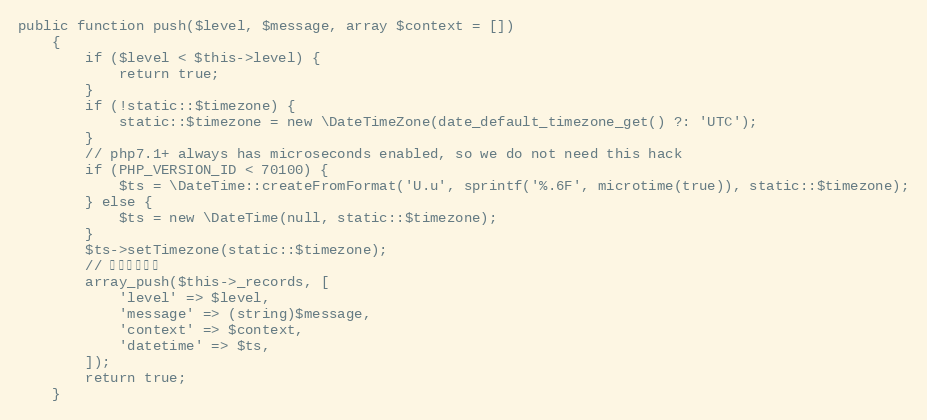
Language: PHP
public function push($level, $message, array $context = [])
    {
        if ($level < $this->level) {
            return true;
        }
        if (!static::$timezone) {
            static::$timezone = new \DateTimeZone(date_default_timezone_get() ?: 'UTC');
        }
        // php7.1+ always has microseconds enabled, so we do not need this hack
        if (PHP_VERSION_ID < 70100) {
            $ts = \DateTime::createFromFormat('U.u', sprintf('%.6F', microtime(true)), static::$timezone);
        } else {
            $ts = new \DateTime(null, static::$timezone);
        }
        $ts->setTimezone(static::$timezone);
        // 添加日期信息
        array_push($this->_records, [
            'level' => $level,
            'message' => (string)$message,
            'context' => $context,
            'datetime' => $ts,
        ]);
        return true;
    }